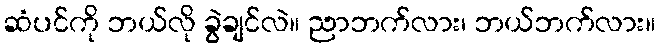
ဆံပင်ကို ဘယ်လို ခွဲချင်လဲ။ ညာဘက်လား၊ ဘယ်ဘက်လား။